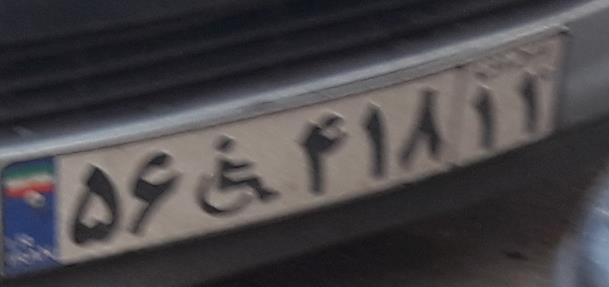
۵۶+۴۱۸۱۱